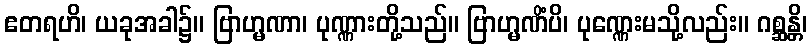
ဧတရဟိ၊ ယခုအခါ၌။ ဗြာဟ္မဏာ၊ ပုဏ္ဏားတို့သည်။ ဗြာဟ္မဏိံပိ၊ ပုဏ္ဏေးမသို့လည်း။ ဂစ္ဆန္တိ၊